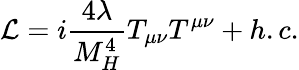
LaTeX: {\cal L}=i{\frac{4\lambda}{M_{H}^{4}}}T_{\mu\nu}T^{\mu\nu}+h.c.